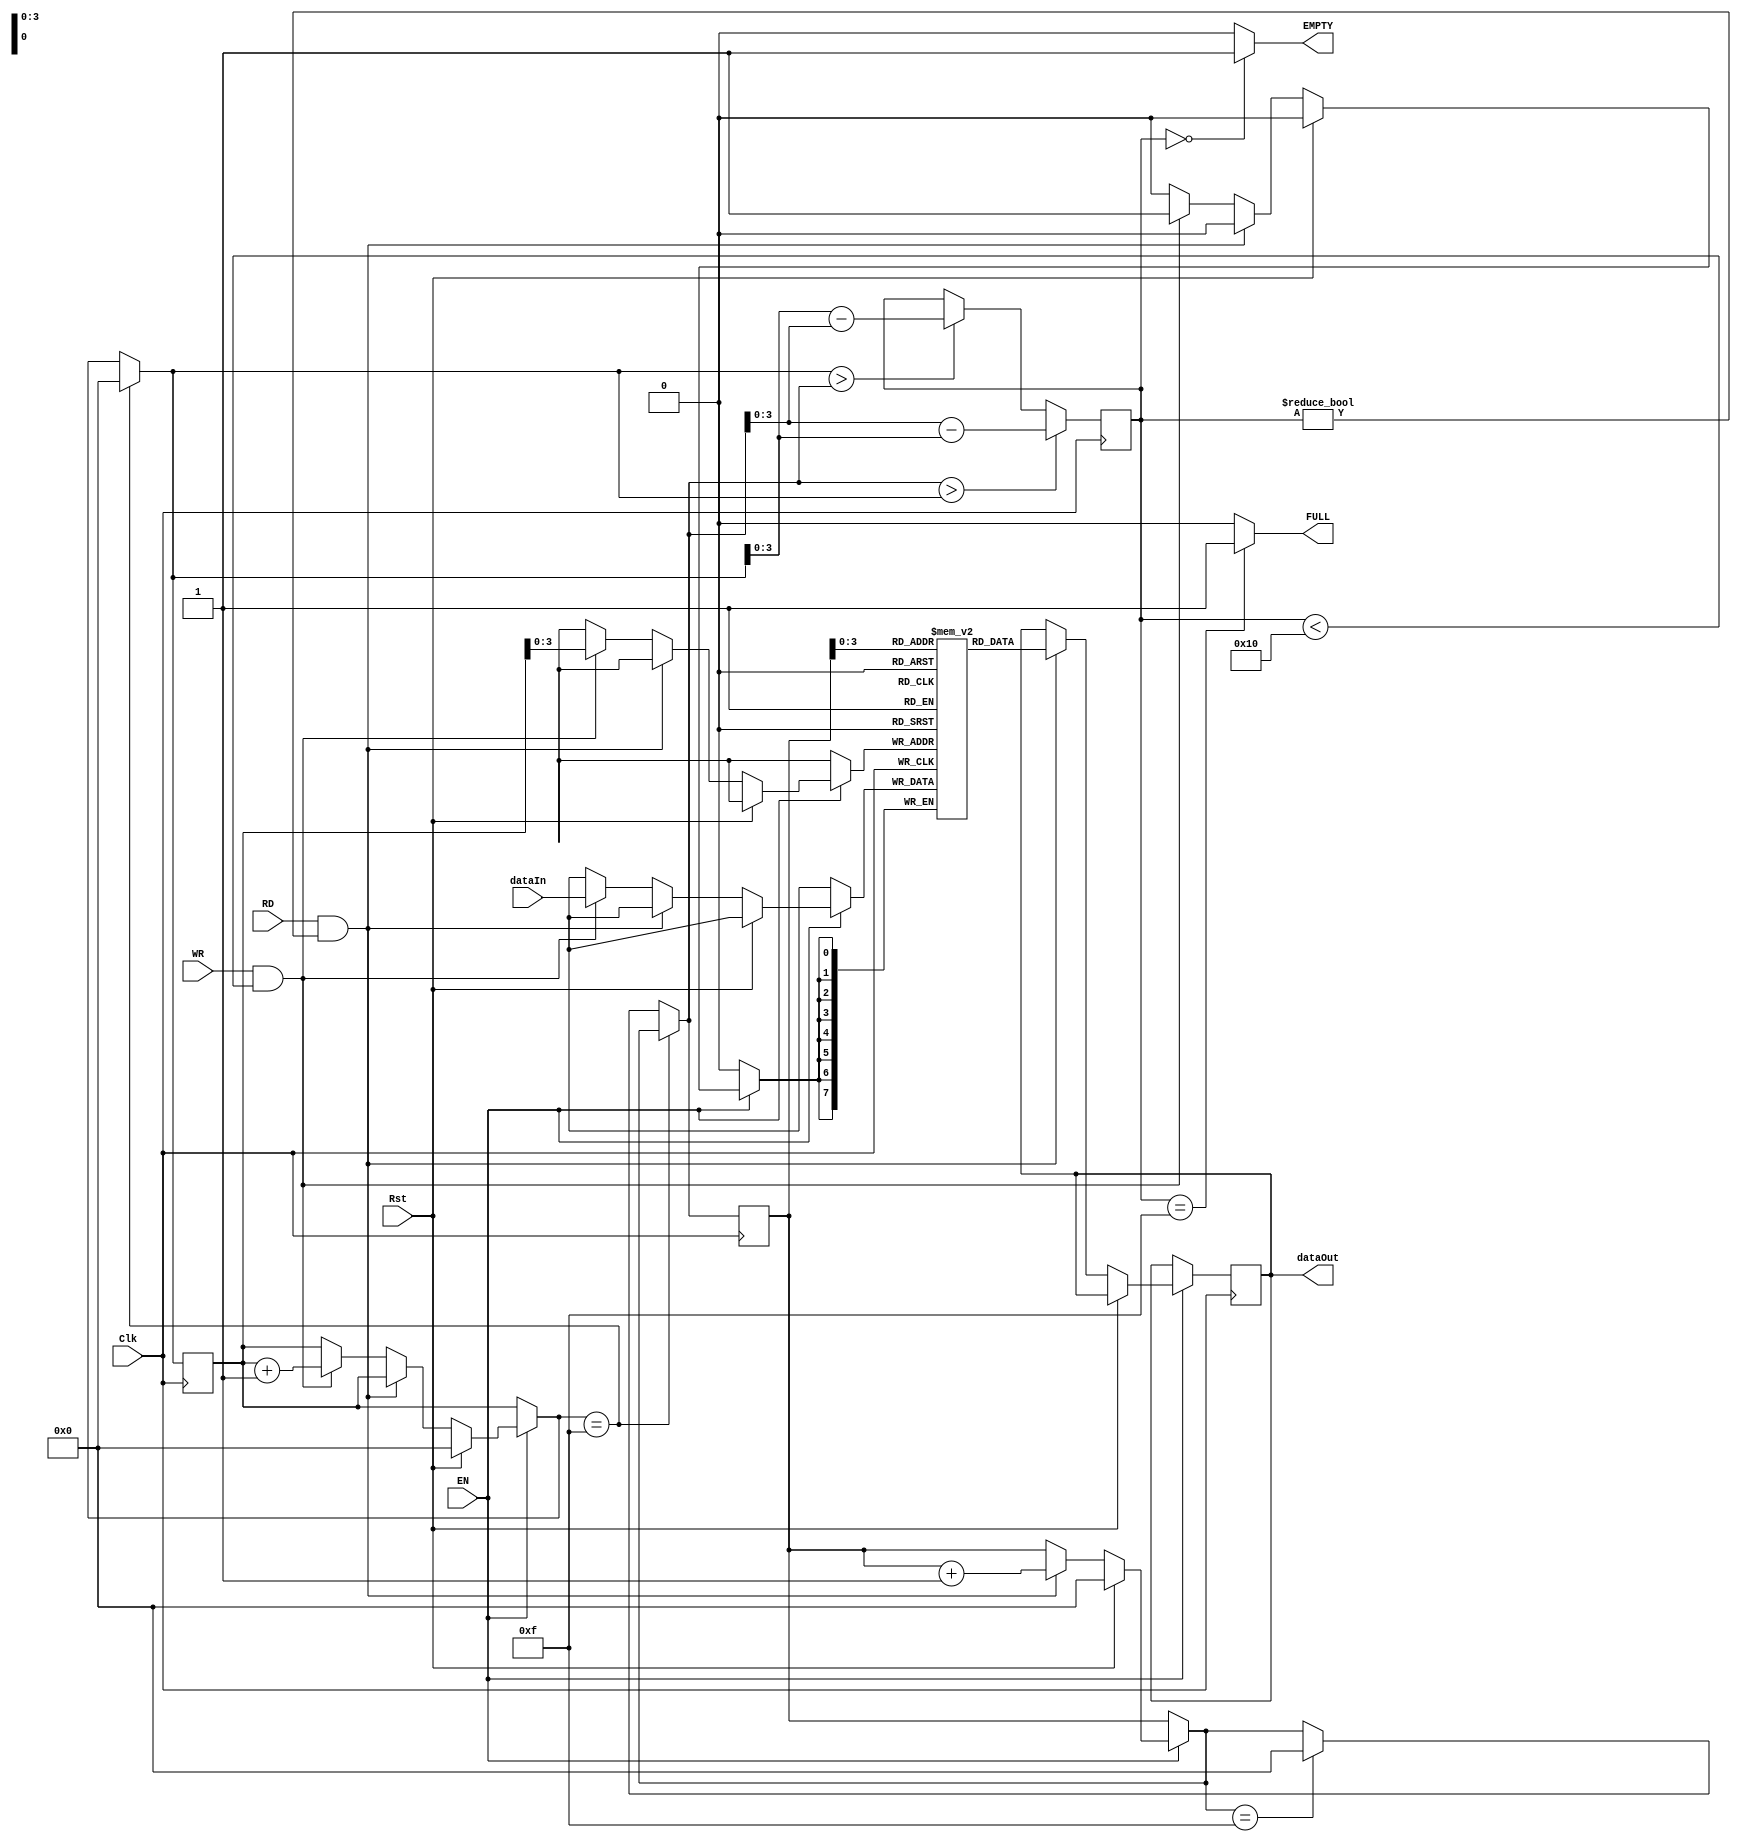
module frstin_frstout( Clk,dataIn,RD,WR,EN,dataOut,Rst,EMPTY,FULL);
input Clk,RD,WR,EN,Rst;
output EMPTY, FULL;
input [7:0]dataIn;
output reg [7:0] dataOut;
reg [3:0] Count = 0;
reg [7:0] FIFO [15:0];
reg [4:0] rd_ptr, wr_ptr;
assign EMPTY = (Count==0)? 1'b1:1'b0;
assign FULL = (Count==4'b1111)? 1'b1:1'b0;
always @ (posedge Clk)
begin
if (EN==0);
else begin
if (Rst) begin
rd_ptr = 0;
wr_ptr = 0;
end
else if (RD ==1'b1 && Count!=0) begin
dataOut = FIFO[rd_ptr];
rd_ptr = rd_ptr+1;
end
else if (WR==1'b1 && Count<16) begin
FIFO[wr_ptr] = dataIn;
wr_ptr = wr_ptr+1;
end
else;
end
if (wr_ptr==4'b1111)
wr_ptr=0;
else if (rd_ptr==4'b1111)
rd_ptr=0;
else;
if (rd_ptr > wr_ptr) begin
Count=rd_ptr-wr_ptr;
end
else if (wr_ptr > rd_ptr)
Count=wr_ptr-rd_ptr;
else;
end
endmodule